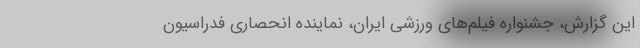
این گزارش، جشنواره فیلم‌های ورزشی ایران، نماینده انحصاری فدراسیون